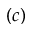
( c )